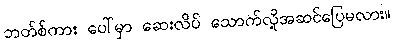
ဘတ်စ်ကား ပေါ်မှာ ဆေးလိပ် သောက်လို့အဆင်ပြေမလား။